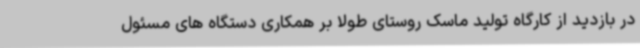
در بازدید از کارگاه تولید ماسک روستای طولا بر همکاری دستگاه های مسئول